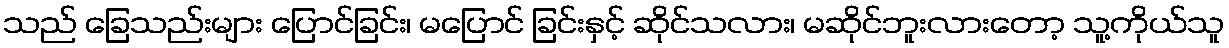
သည် ခြေသည်းများ ပြောင်ခြင်း၊ မပြောင် ခြင်းနှင့် ဆိုင်သလား၊ မဆိုင်ဘူးလားတော့ သူ့ကိုယ်သူ